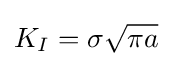
K_{I}=\sigma {\sqrt {\pi a}}